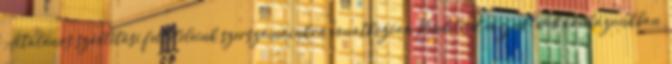
Általános szállítási feltételeink szerszámainkra vonatkozóan Rendelését várjuk: web áruházunkban,